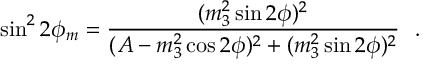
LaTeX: \sin ^ { 2 } 2 \phi _ { m } = { \frac { ( m _ { 3 } ^ { 2 } \sin 2 \phi ) ^ { 2 } } { ( A - m _ { 3 } ^ { 2 } \cos 2 \phi ) ^ { 2 } + ( m _ { 3 } ^ { 2 } \sin 2 \phi ) ^ { 2 } } } \ \ .